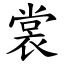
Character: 裳